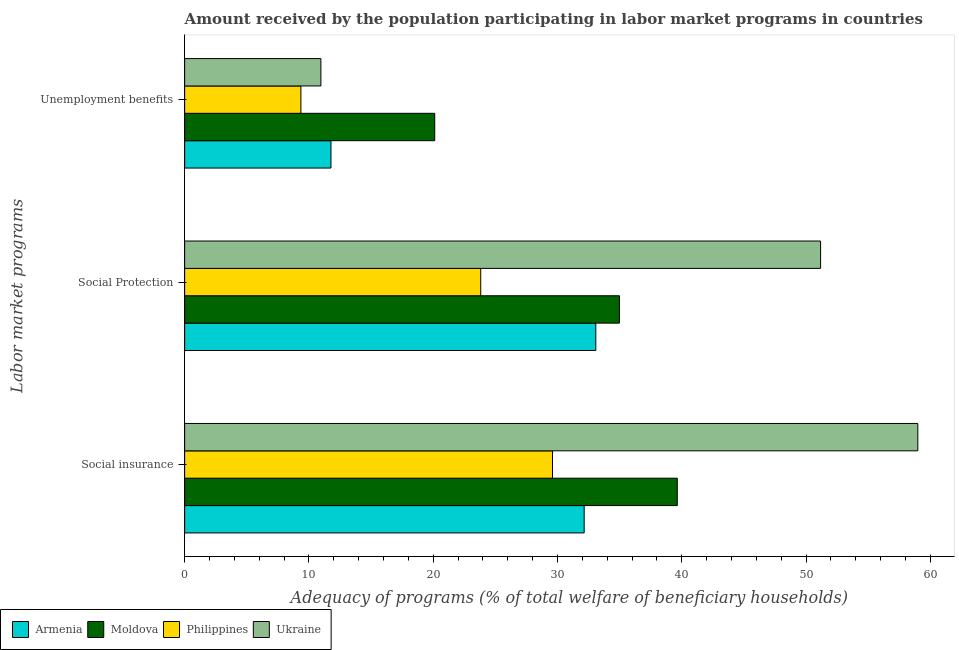
| Labor market programs | Armenia | Moldova | Philippines | Ukraine |
 | --- | --- | --- | --- | --- |
 | Social insurance | 32.1 | 39.6 | 29.6 | 59 |
 | Social Protection | 33.1 | 35 | 23.8 | 51.2 |
 | Unemployment benefits | 11.8 | 20.1 | 9.35 | 11 |